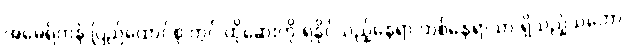
အမေရိကန် ပြည်ထောင်စု တွင် ထိုဆေးကို ရနိုင်သည့်နေရာ တစ်နေရာသာ ရှိသည့်သဘော